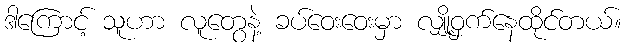
ဒါကြောင့် သူဟာ လူတွေနဲ့ ခပ်ဝေးဝေးမှာ လျှို့ဝှက်နေထိုင်တယ်။